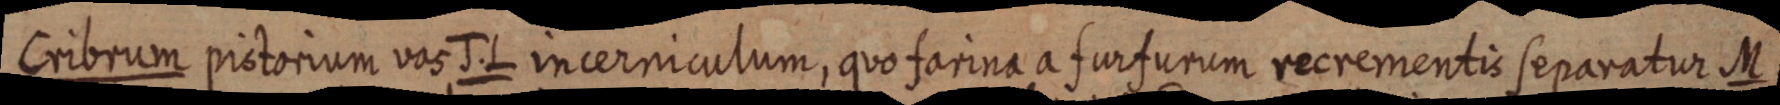
Cribrum pistorium vas J. L incerniculum, quo farina a furfurum recrementis separatur M